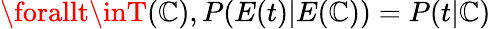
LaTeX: \forallt\inT(\mathbb{C}),P(E(t)|E(\mathbb{C}))=P(t|\mathbb{C})